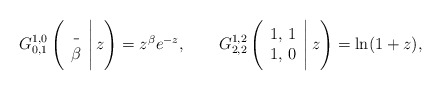
\begin{align*}G^{1,0}_{0,1} \left(\begin{array} {c}\_ \\ \beta \end{array}\Bigg|\, z \right)= z^{\beta}e^{-z},~~~~~~G^{1,2}_{2,2} \left(\begin{array} {c}1,\, 1 \\ 1,\, 0 \end{array}\Bigg|\, z \right)= \ln(1+z),\end{align*}